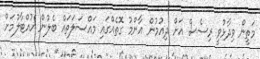
މަތީން ވިދާޅުވީ ރިސެސް އަށް ދިއުމުން އާންމު ގޮތެއްގައި މައްސަލަތައް ބެލުން ހުއްޓާލުމަށް